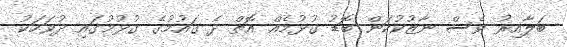
ބަލާއިރު ވެސް ނާޒުކުކަން ބޮޑު ގުޅުމެއް އޮތް ދެ ގައުމުގެ ގުޅުމުގައި ދުވަހަކު